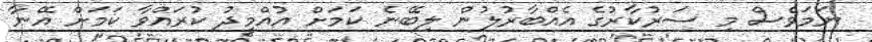
ނަމަވެސް މި ސަރުކާރުގެ އެއްބާރުލުން ލިބޭނެ ކަމަށް އުއްމީދު ކުރައްވާ ކަމަށް އޭނާ